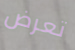
تعرض